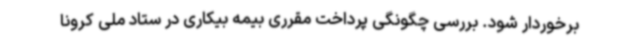
برخوردار شود. بررسی چگونگی پرداخت مقرری بیمه بیکاری در ستاد ملی کرونا